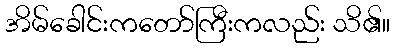
အိမ်ခေါင်းကတော်ကြီးကလည်း သိ၏။